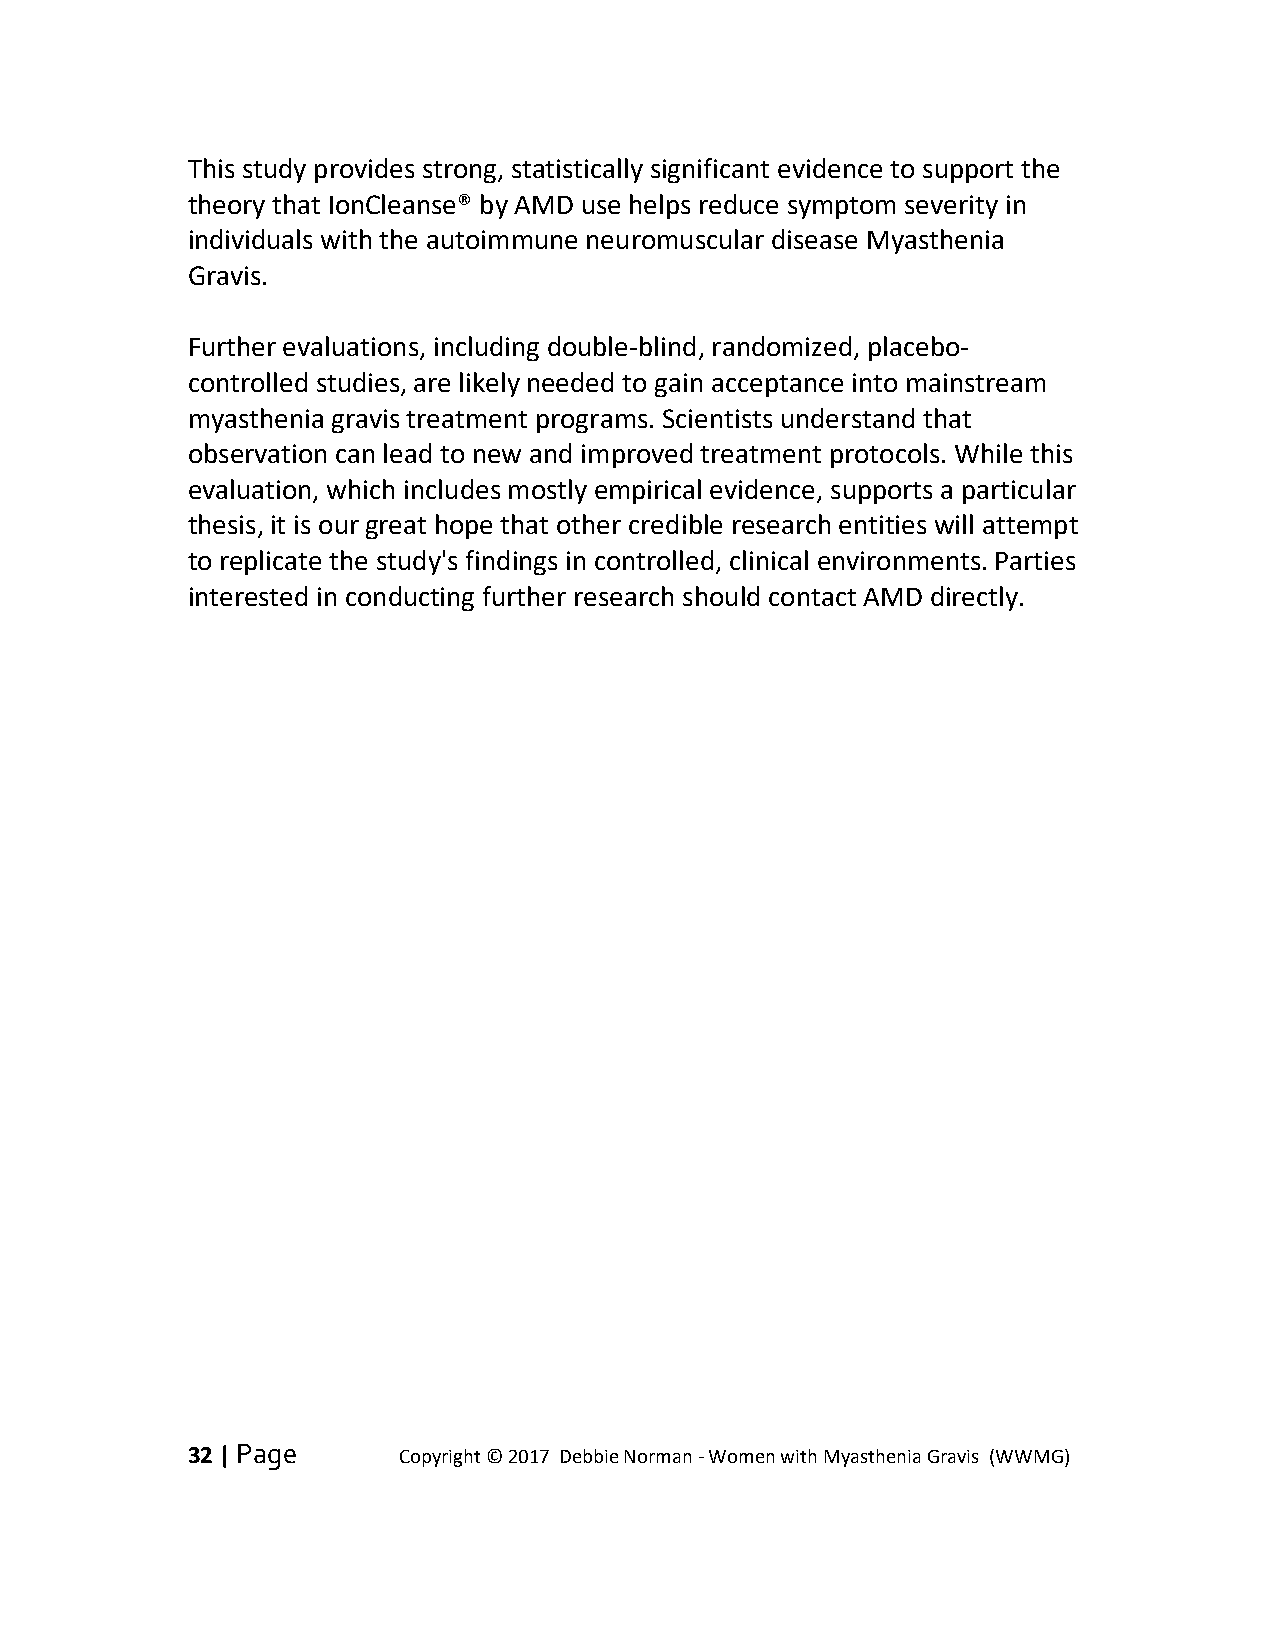
This study provides strong, statistically significant evidence to support the
 theory that IonCleanse® by AMD use helps reduce symptom severity in
 individuals with the autoimmune neuromuscular disease Myasthenia
 Gravis.
 Further evaluations, including double-blind, randomized, placebo-
 controlled studies, are likely needed to gain acceptance into mainstream
 myasthenia gravis treatment programs. Scientists understand that
 observation can lead to new and improved treatment protocols. While this
 evaluation, which includes mostly empirical evidence, supports a particular
 thesis, it is our great hope that other credible research entities will attempt
 to replicate the study's findings in controlled, clinical environments. Parties
 interested in conducting further research should contact AMD directly.
 32 | Page     Copyright © 2017 Debbie Norman - Women with Myasthenia Gravis (WWMG)